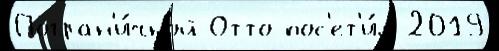
Погран'и́чной Отто пос'ет'и́л 2019